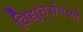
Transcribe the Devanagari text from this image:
विद्युत्‌संपर्को